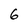
Character: 6